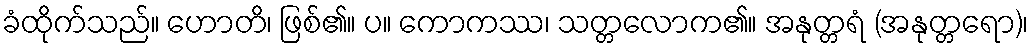
ခံထိုက်သည်။ ဟောတိ၊ ဖြစ်၏။ ပ။ ကောကဿ၊ သတ္တလောက၏။ အနုတ္တရံ (အနုတ္တရော)၊